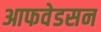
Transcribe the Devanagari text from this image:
आफवेडसन